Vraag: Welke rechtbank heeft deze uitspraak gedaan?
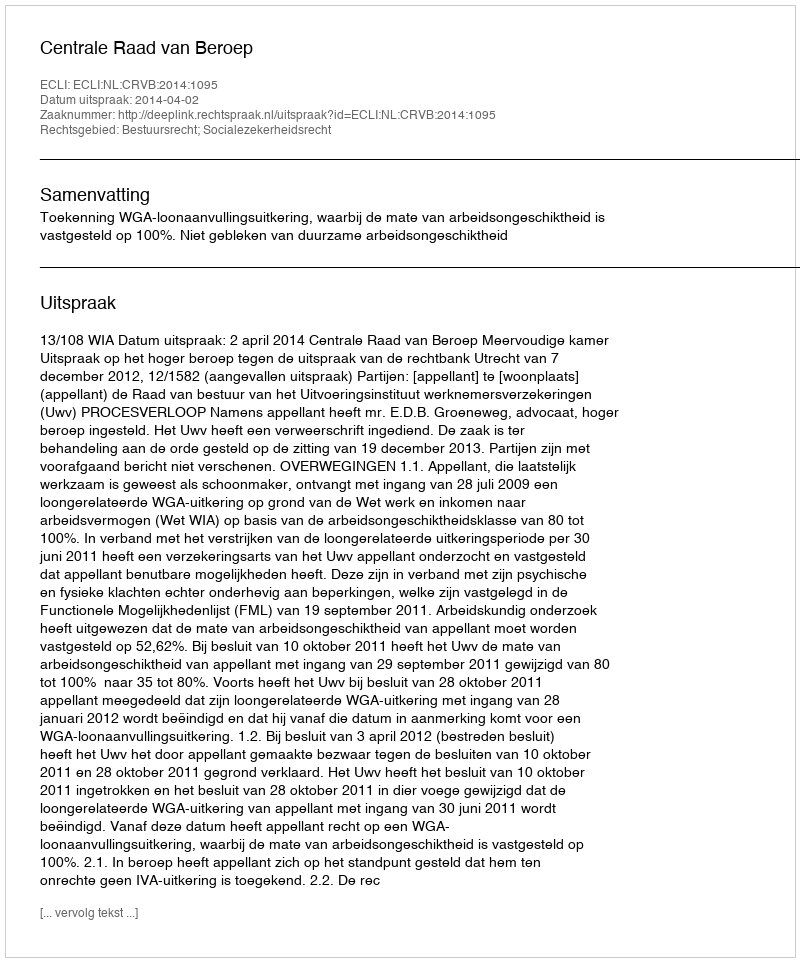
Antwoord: Centrale Raad van Beroep